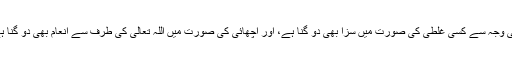
اسی وجہ سے کسی غلطی کی صورت میں سزا بھی دو گُنا ہے، اور اچھائی کی صورت میں اللہ تعالیٰ کی طرف سے انعام بھی دو گنا ہے۔